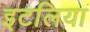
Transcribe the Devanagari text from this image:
इटलिया